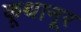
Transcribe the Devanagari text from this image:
कूथानूर